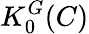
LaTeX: K_{0}^{G}(C)